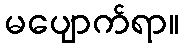
မပျောက်ရာ။